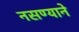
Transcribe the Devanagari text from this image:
नसण्याने